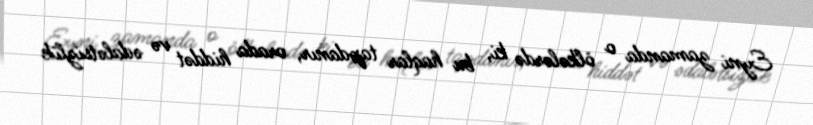
Eyni zamanda o ölkələrdə ki, bu haqlar tapdanır, orada hiddət və ədalətsizlik